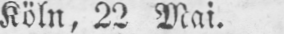
Köln, 22 Mai.